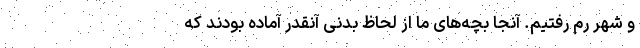
و شهر رم رفتیم. آنجا بچه‌های ما از لحاظ بدنی آنقدر آماده بودند که